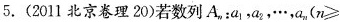
5.(2011北京卷理20)若数列A_{n}：a_{1}，a_{2}，…，a_{n}(n\geq